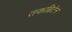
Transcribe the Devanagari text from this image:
तकब्रिटेन